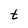
Character: t